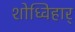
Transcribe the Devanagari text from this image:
शोध्विहार्